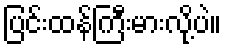
ပြင်းထန်ကြီးမားလို့ပဲ။